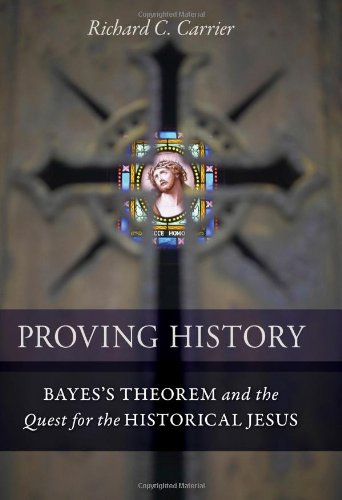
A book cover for Proving History: Bayes's Theorem and the Quest for the Historical Jesus; Richard Carrier; History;